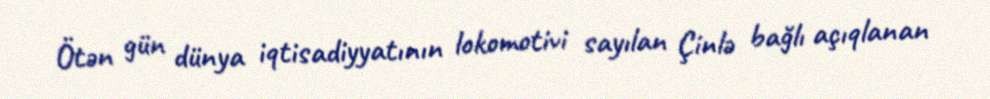
Ötən gün dünya iqtisadiyyatının lokomotivi sayılan Çinlə bağlı açıqlanan